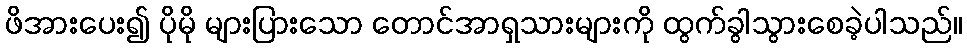
ဖိအားပေး၍ ပိုမို များပြားသော တောင်အာရှသားများကို ထွက်ခွါသွားစေခဲ့ပါသည်။